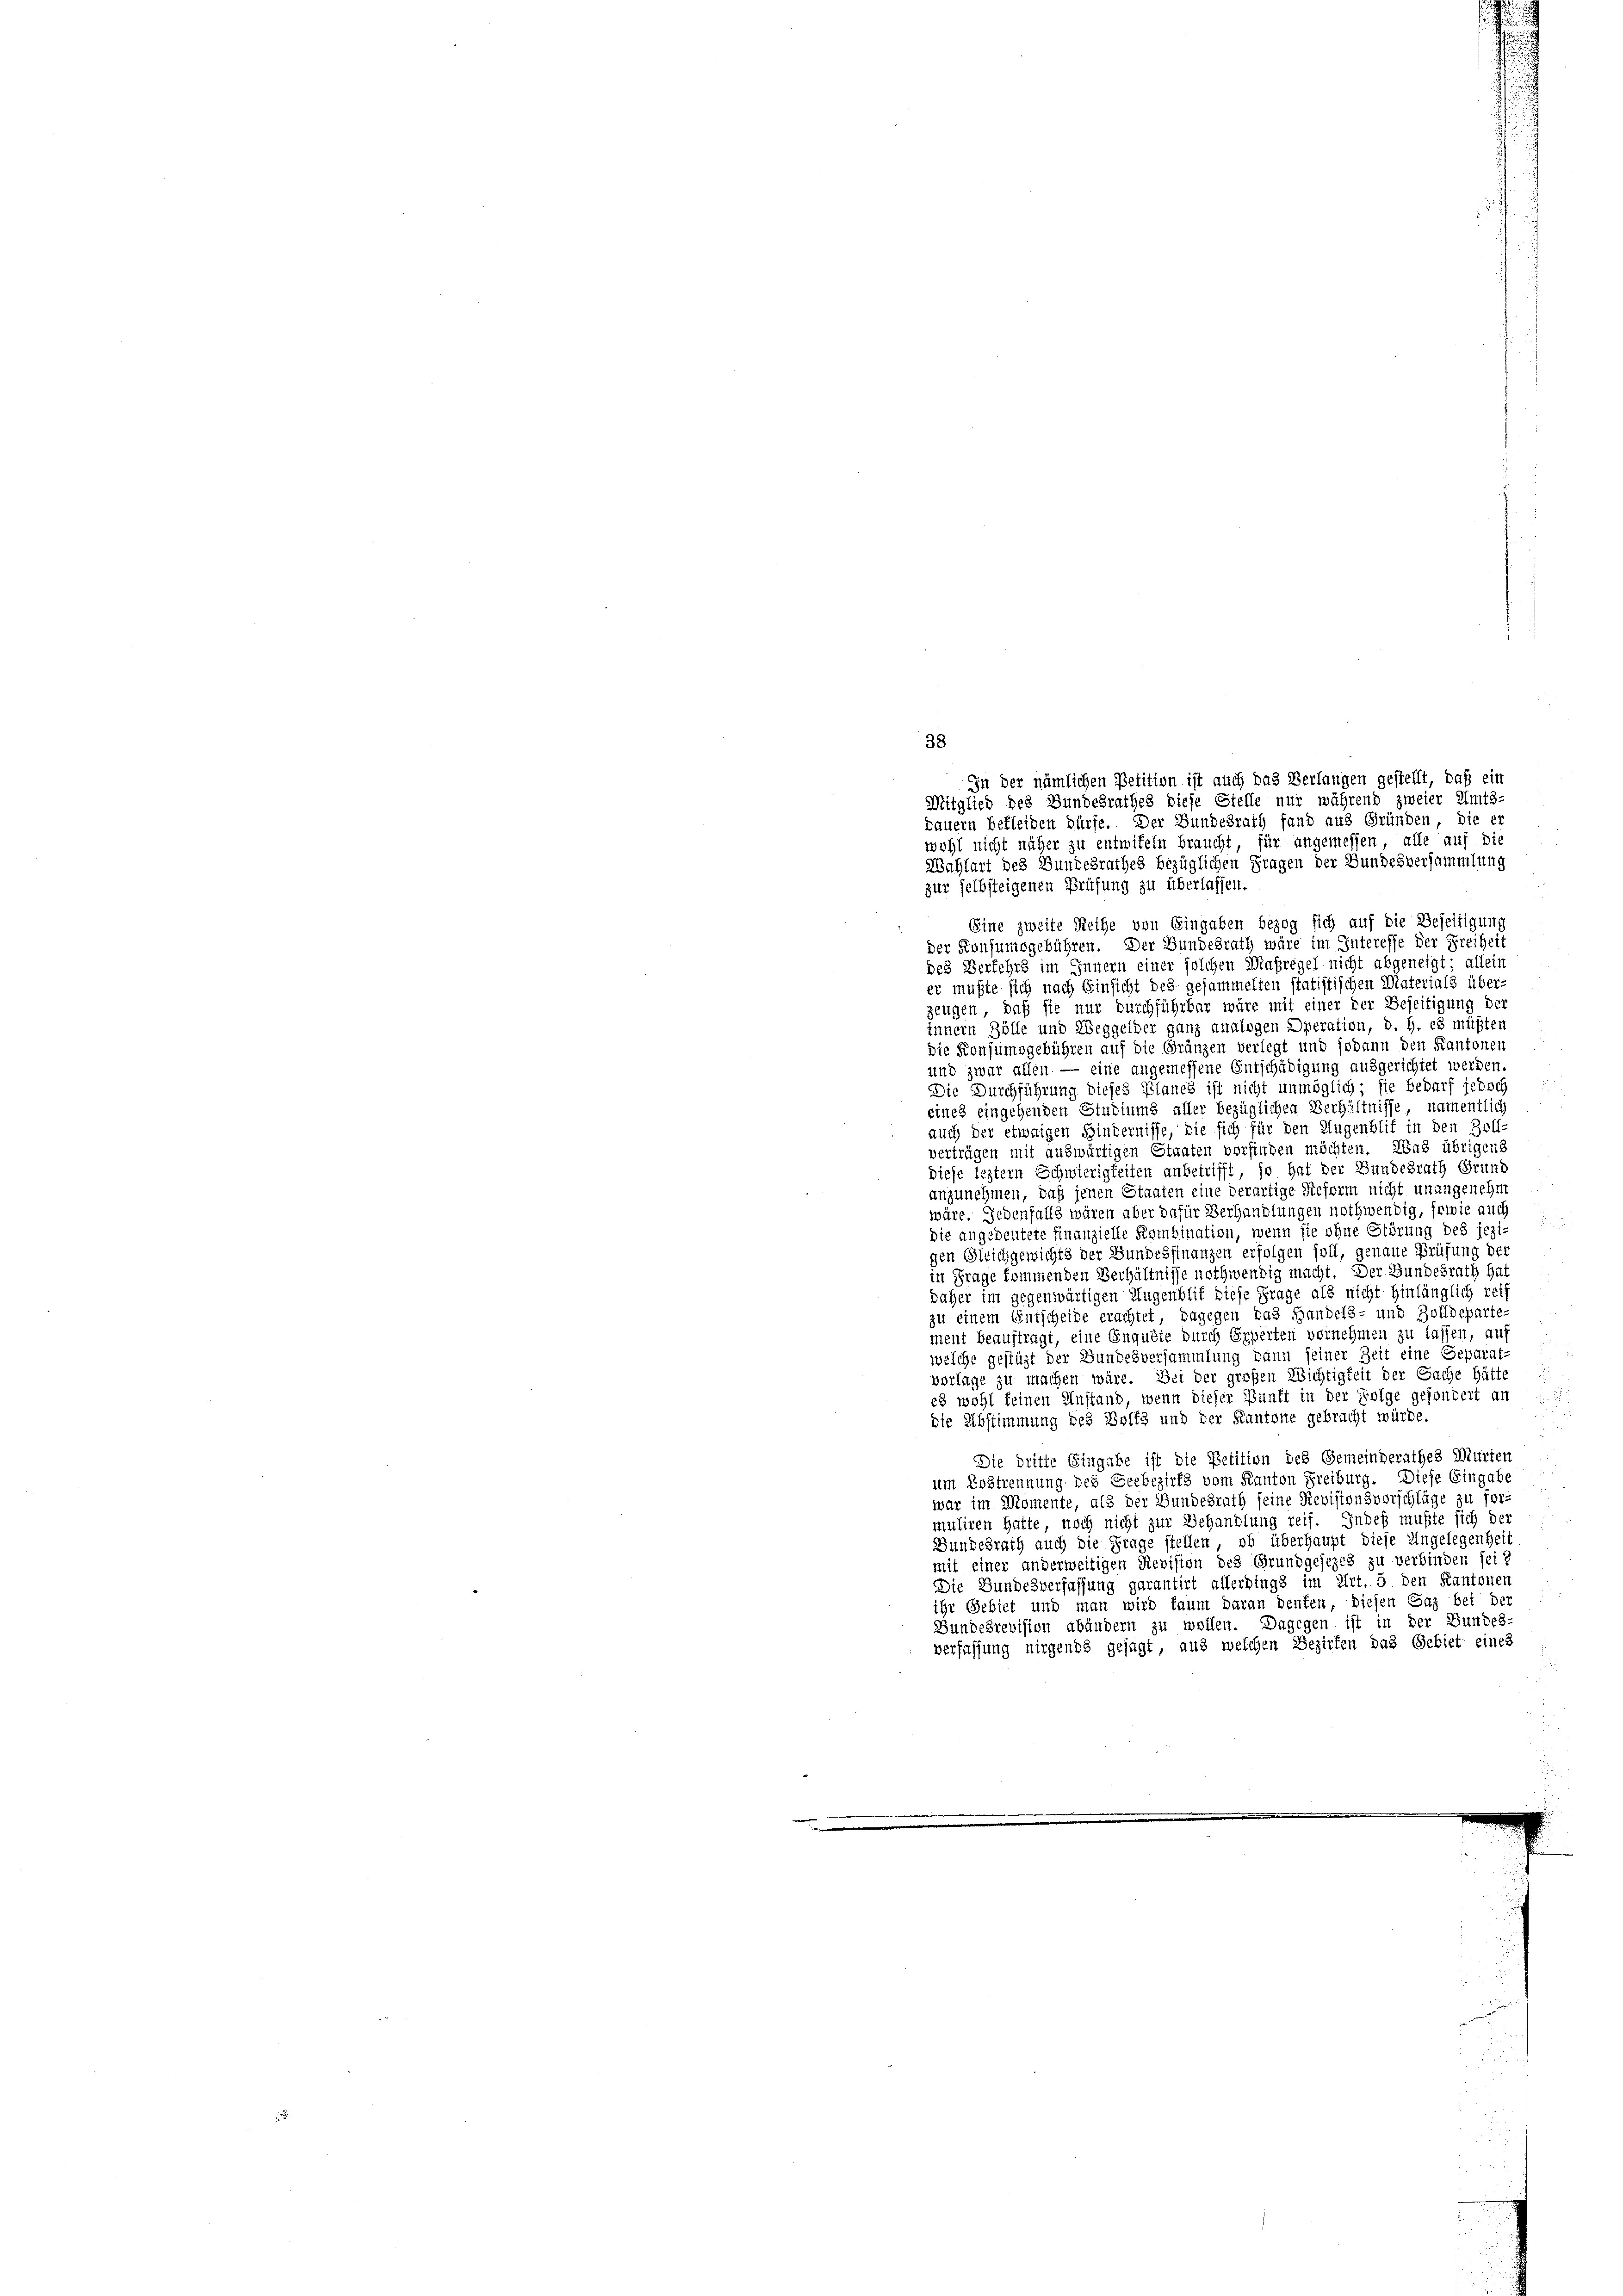
In der nämlichen Petition ist auch das Verlangen gestellt, daß ein

38
Mitglied des Bundesrathes diese Stelle nur während zweier Amts-
dauern bekleiden dürfe. Der Bundesrath fand aus Gründen, die er
wohl nicht näher zu entwiteln braucht, für angemessen, alle auf di
Wahlart des Bundesrathes bezüglichen Fragen der Bundesversammlung
zur selbsteigenen Prüfung zu überlassen.
Eine zweite Reihe von Eingaben bezog sich auf die Beseitigung
der Konsumsgebühren. Der Bundesrath wäre im Interesse der Freiheit
des Verfehrs im Innern einer solchen Maßregel nicht abgeneigt; allein
er mußte sich nach Einsicht des gesammelten statistischen Materials über-
zeugen, daß sie nur durchführbar wäre mit einer der Beseitigung der
innern Zölle und Weggelder ganz analogen Operation, d. h. es müßten
Die Konsumsgebühren auf die Gränzen verlegt und sodann den Kantonen
und zwar allen — eine angemessene Entschädigung ausgerichtet werden.
Die Durchführung dieses Planes ist nicht unmöglich; sie bedarf jedoch
etnes eingehenden Studiums aller bezüglichen Verhältnisse, namentlich
auch der etwaigen Hindernisse, die sich für den Augenblif in den Zoll-
verträgen mit auswärtigen Staaten vorfinden möchten. Was übrigens
diese leztern Schwierigkeiten anbetrifft, so hat der Bundesrath Grund
anzunehmen, daß jenen Staaten eine derartige Reform nicht unangenehm
wäre. Jedenfalls wären aber dafür Verhandlungen nothwendig, sowie auch
Die angedeutete finanzielle Kombination, wenn sie ohne Störung des jezigen Gleichgewichts der Bundesfinanzen erfolgen soll, genaue Prüfung der
in Frage kommenden Verhältnisse nothwendig macht. Der Bundesrath hat
daher im gegenwärtigen Augenblit diese Frage als nicht hinlänglich reis
zu einem Entscheide erachtet, dagegen das Handels- und Zolldeparte
ment beauftragt, eine Enquête durch Experten vernehmen zu lassen, auf
welche gestüzt der Bundesversammlung dann seiner Zeit eine Geparat-
vorlage zu machen wäre. Bei der großen Wichtigkeit der Sache hätte
es wohl feinen Anstand, wenn dieser Bunft in der Folge gesondert an
die Abstimmung des Wolfs und der Kantone gebracht würde.
Die dritte Eingabe ist die Petition des Gemeinderathes Murten
um Erstrennung des Gerbezirks vom Kanton Freiburg. Diese Eingabe
war im Momente, als der Bundesrath seine Revisionsvorschläge zu for-
muliren hatte, noch nicht zur Behandlung reif. Indeß mußte sich der
Bundesrath auch die Frage stellen, ob überhaupt diese Angelegenhei
mit einer anderweitigen Revision des Grundgesezes zu verbinden sei e
Die Bundesverfassung garantirt allerdings im Art. 5 den Kantonen
ihr Gebiet und man wird kaum daran denken, diesen Gaz bei der
Gundesrevision abändern zu wollen. Dagegen ist in der Bundes-
verfassung nirgends gesagt, aus welchen Bezirken das Gebiet eines